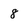
Character: 8